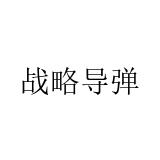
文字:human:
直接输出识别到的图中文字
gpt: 战略导弹